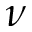
\nu